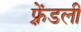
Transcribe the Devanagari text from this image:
फ़्रेंडली